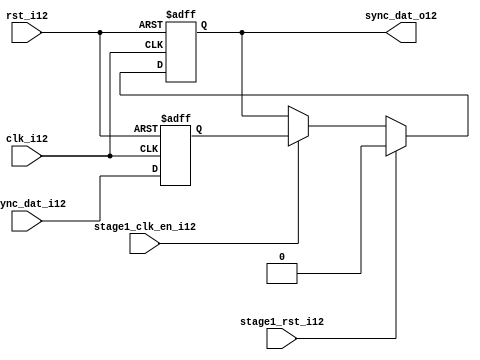
module uart_sync_flops12
(
  // internal signals12
  rst_i12,
  clk_i12,
  stage1_rst_i12,
  stage1_clk_en_i12,
  async_dat_i12,
  sync_dat_o12
);

parameter Tp12            = 1;
parameter width         = 1;
parameter init_value12    = 1'b0;

input                           rst_i12;                  // reset input
input                           clk_i12;                  // clock12 input
input                           stage1_rst_i12;           // synchronous12 reset for stage12 1 FF12
input                           stage1_clk_en_i12;        // synchronous12 clock12 enable for stage12 1 FF12
input   [width-1:0]             async_dat_i12;            // asynchronous12 data input
output  [width-1:0]             sync_dat_o12;             // synchronous12 data output


//
// Interal12 signal12 declarations12
//

reg     [width-1:0]             sync_dat_o12;
reg     [width-1:0]             flop_012;


// first stage12
always @ (posedge clk_i12 or posedge rst_i12)
begin
    if (rst_i12)
        flop_012 <= #Tp12 {width{init_value12}};
    else
        flop_012 <= #Tp12 async_dat_i12;    
end

// second stage12
always @ (posedge clk_i12 or posedge rst_i12)
begin
    if (rst_i12)
        sync_dat_o12 <= #Tp12 {width{init_value12}};
    else if (stage1_rst_i12)
        sync_dat_o12 <= #Tp12 {width{init_value12}};
    else if (stage1_clk_en_i12)
        sync_dat_o12 <= #Tp12 flop_012;       
end

endmodule